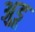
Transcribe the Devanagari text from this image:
अुडू